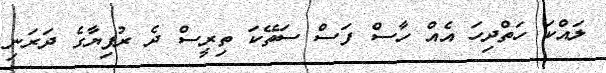
ލައްކަ ހަތްދިހަ އެއް ހާސް ފަސް ސަތޭކަ ތިރީސް ދެ ރުފިޔާގެ ދަރަނި